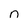
Character: n